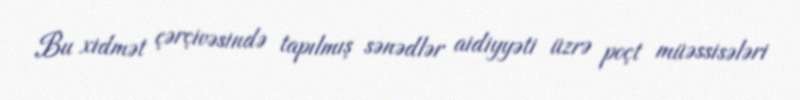
Bu xidmət çərçivəsində tapılmış sənədlər aidiyyəti üzrə poçt müəssisələri